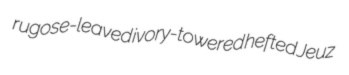
rugose-leaved ivory-towered hefted Jeuz